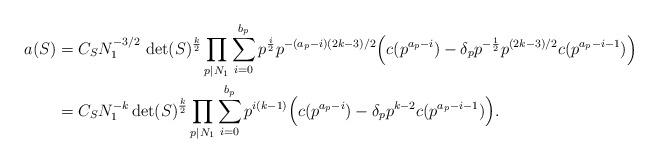
LaTeX: \begin{align*} a(S)&=C_SN_1^{-3/2}\,\det(S)^{\frac k2} \prod\limits_{p | N_1} \sum\limits_{i=0}^{b_p} p^{\frac i2}p^{-(a_p-i)(2k-3)/2} \Big(c(p^{a_p-i})- \delta_p p^{-\frac 12} p^{(2k-3)/2}c(p^{a_p-i-1})\Big)\\ &=C_SN_1^{-k}\det(S)^{\frac k2} \prod\limits_{p | N_1}\sum\limits_{i=0}^{b_p} p^{i(k-1)} \Big(c(p^{a_p-i})- \delta_p p^{k-2}c(p^{a_p-i-1})\Big).\end{align*}